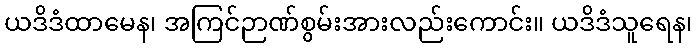
ယဒိဒံထာမေန၊ အကြင်ဉာဏ်စွမ်းအားလည်းကောင်း။ ယဒိဒံသူရေန၊